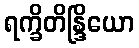
ရက္ခိတိန္ဒြိယော